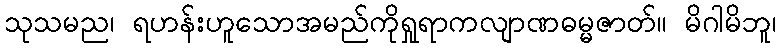
သုသမည၊ ရဟန်းဟူသောအမည်ကိုရှုရာကလျာဏဓမ္မဇာတ်။ မိဂါမိဘူ၊